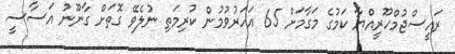
ރައީސްޖުމްހޫރީއްޔާ ކަމުގެ މަގާމަށް 65 އަހަރުވުމުން ކުރިމަތި ނުލެވޭ ގޮތަށް ގާނޫނު އަސާސީ